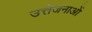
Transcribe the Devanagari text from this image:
उत्तेजनाआें